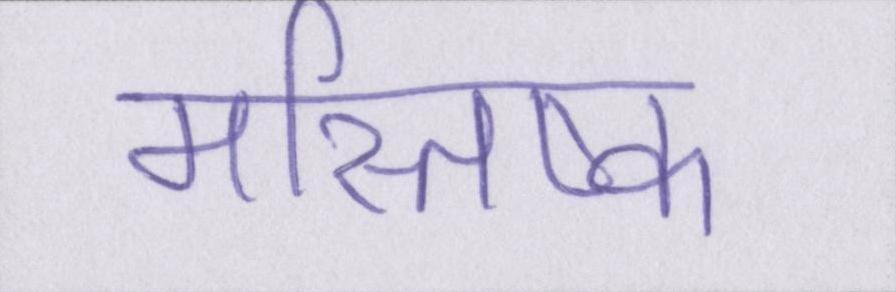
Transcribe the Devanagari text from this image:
मस्तिष्क